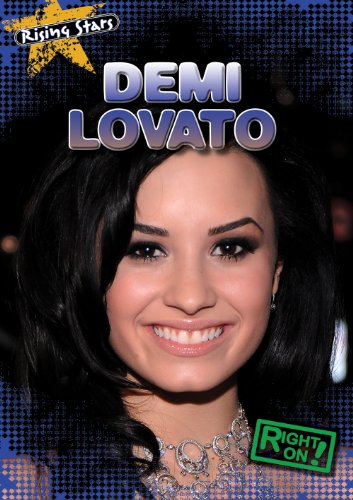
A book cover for Demi Lovato (Rising Stars); Kristen Rajczak; Children's Books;